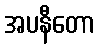
အပနီတော